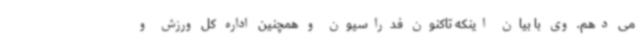
می دهم. وی با بیان اینکه تاکنون فدراسیون و همچنین اداره کل ورزش و